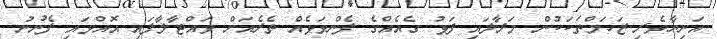
އަނިޔާވެރި ޒަހަމްތަކަކުން މަރާލައި ފަޅު ގެއެއްގެ ފެންވަޅެއް ތެރެއަށް ވައްޓާލާފައި އޮއްވައި ފެނުނު